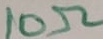
Text: 10Ω